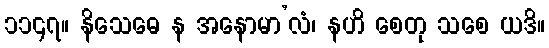
၁၁၄၇။ နိသေဓေ န အနောမာ’လံ၊ နဟိ စေတု သစေ ယဒိ။